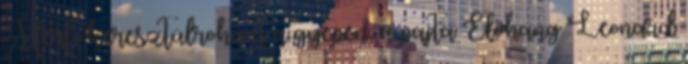
A férfi keresztülrohant a gyepen, a pajta Előhang Leonard